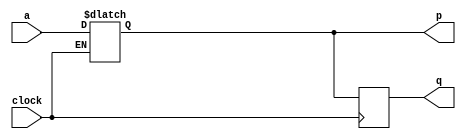
module top_module (
    input clock,
    input a,
    output p,
    output q );

always @(*) begin
	if(clock) 
		p <= a;
end

always @(negedge clock) begin
	q <= p;
end
	

endmodule